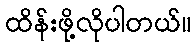
ထိန်းဖို့လိုပါတယ်။